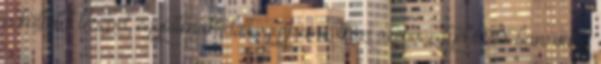
a külföldi terepet, együttműködött egy nemzetközi szervezetgel Oslo-ban, vagy